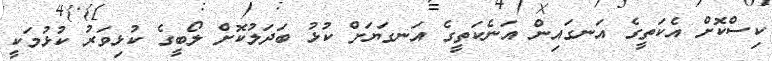
ކިސްކޮށް އެކަތީގެ އަނގައިން އަނެކަތީގެ އަނގަޔަށް ކުޅު ބަދަލުކޮށް ލޯބީގެ ކުޅިވަރު ކުޅުމަކީ